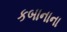
કબાનાના